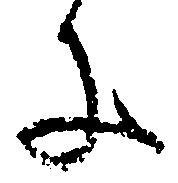
子